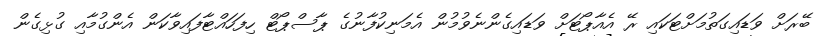
ބޭރަށް ވަޑައިގަތުމަށްޓަކައި ރޭ އެއާޕޯޓަށް ވަޑައިގެންނެވުމުން އެމަނިކުފާނުގެ ޕާސްޕޯޓް ހިފަހައްޓާފައިވާކަން އެންގުމާއި ގުޅިގެން